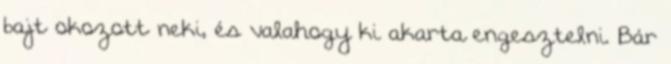
bajt okozott neki, és valahogy ki akarta engesztelni. Bár